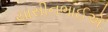
યાસીનભાઈએ